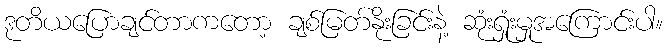
ဒုတိယပြောချင်တာကတော့ ချစ်မြတ်နိုးခြင်းနဲ့ ဆုံးရှုံးမှုအကြောင်းပါ။